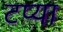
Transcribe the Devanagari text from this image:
टप्या